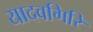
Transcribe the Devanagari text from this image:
यादवगिरि